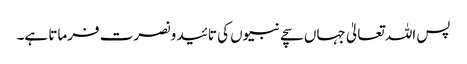
پس اللہ تعالیٰ جہاں سچے نبیوں کی تائید و نصرت فرماتا ہے۔